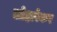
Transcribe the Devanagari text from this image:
लोहारेकर